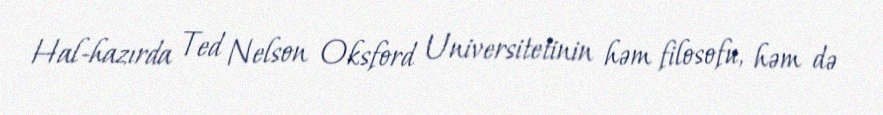
Hal-hazırda Ted Nelson Oksford Universitetinin həm filosofu, həm də